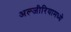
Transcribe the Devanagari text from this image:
अल्जीरियामध्ये